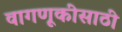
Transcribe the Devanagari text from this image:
वागणूकीसाठी